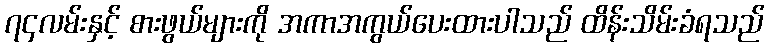
၇၄လမ်းနှင့် စားဖွယ်များကို အကာအကွယ်ပေးထားပါသည် ထိန်းသိမ်းခံရသည်